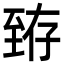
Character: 臶